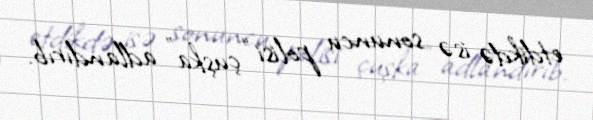
etdikdə isə sonuncu polisi “çuşka” adlandırıb.